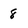
Character: 8